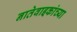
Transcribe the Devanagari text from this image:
नातेवाइकांच्या